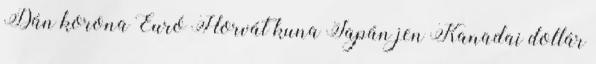
Dán korona Euró Horvát kuna Japán jen Kanadai dollár